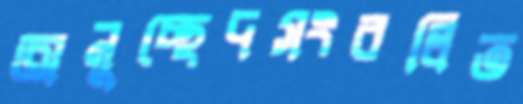
অনুচ্ছেদসংবলিত